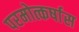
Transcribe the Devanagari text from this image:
परमोत्कर्षास